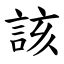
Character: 該